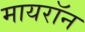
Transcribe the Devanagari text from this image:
मायरॉन